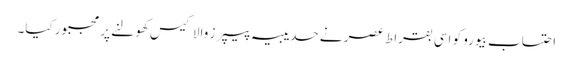
احتساب بیورو کو اسی بقراطِ عصر نے حدیبیہ پیپرز والا کیس کھولنے پر مجبور کیا۔